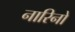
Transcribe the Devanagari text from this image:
नारिनो